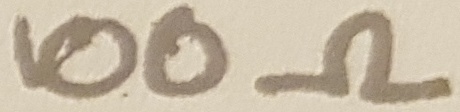
Text: 100Ω